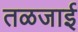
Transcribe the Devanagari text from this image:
तळजाई